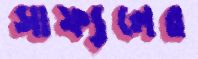
সাফ্যলের